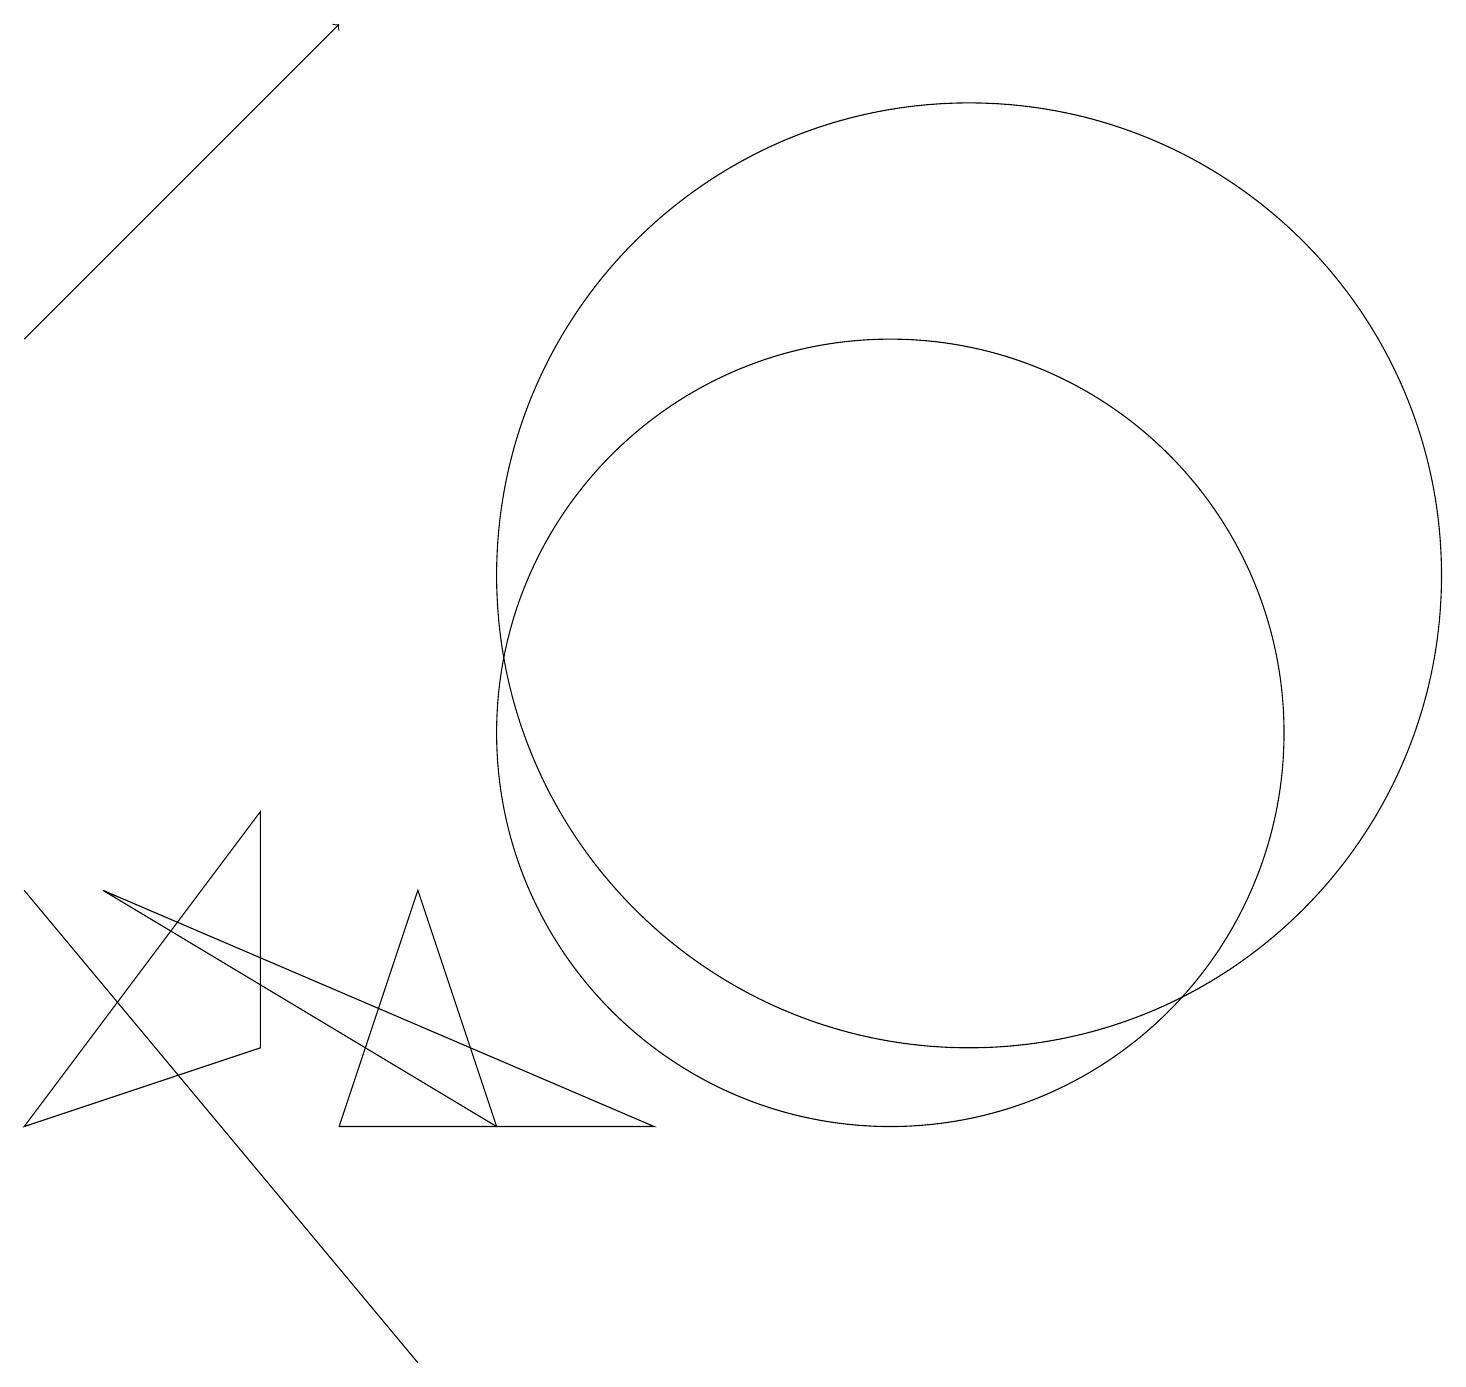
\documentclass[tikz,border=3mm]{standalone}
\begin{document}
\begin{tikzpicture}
\draw (11,10) circle (5);
\draw (5,2) -- (5,2) -- (0,8) -- cycle;
\draw (3,6) -- (0,5) -- (3,9) -- cycle;
\draw (12,12) circle (6);
\draw (4,5) -- (6,5) -- (5,8) -- cycle;
\draw[->] (0,15) -- (4,19);
\draw (6,5) -- (1,8) -- (8,5) -- cycle;
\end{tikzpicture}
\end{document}